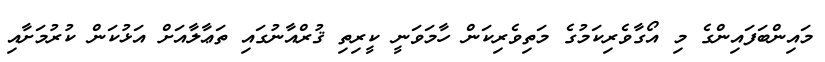
މައިންބަފައިންގެ މި އޯގާވެރިކަމުގެ މަތިވެރިކަން ހާމަވަނީ ކީރިތި ޤުރްއާނުގައި ތަޢާލާއަށް އަޅުކަން ކުރުމަށާއި